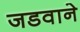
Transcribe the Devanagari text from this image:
जडवाने